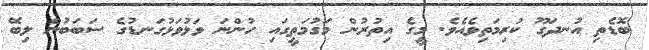
ބޮޑެތި އުނދަގޫ ކުރިމަތިވެއެވެ. މީގެ އިތުރުން މަގުމަތީގައި ހުންނަ ވަޅުވަޅުގަނޑުގެ ސަބަބުން ލިބޭ